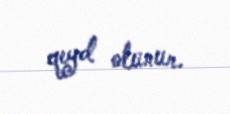
qeyd olunur.